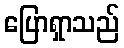
ပြောရှာသည်